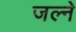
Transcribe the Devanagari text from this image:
जल्ने